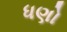
ધણો